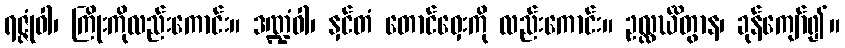
ရဇ္ဇုံဝါ၊ ကြိုးကိုလည်းကောင်း။ ဒဏ္ဍံဝါ၊ နှင်တံ တောင်ဝှေးကို လည်းကောင်း။ ဥလ္လင်္ဃိတွာန၊ ခုန်ကျော်၍။